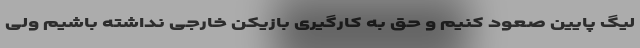
لیگ پایین صعود کنیم و حق به کارگیری بازیکن خارجی نداشته باشیم ولی